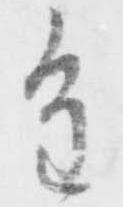
進